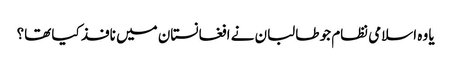
یا وہ اسلامی نظام جو طالبان نے افغانستان میں نافذ کیا تھا؟